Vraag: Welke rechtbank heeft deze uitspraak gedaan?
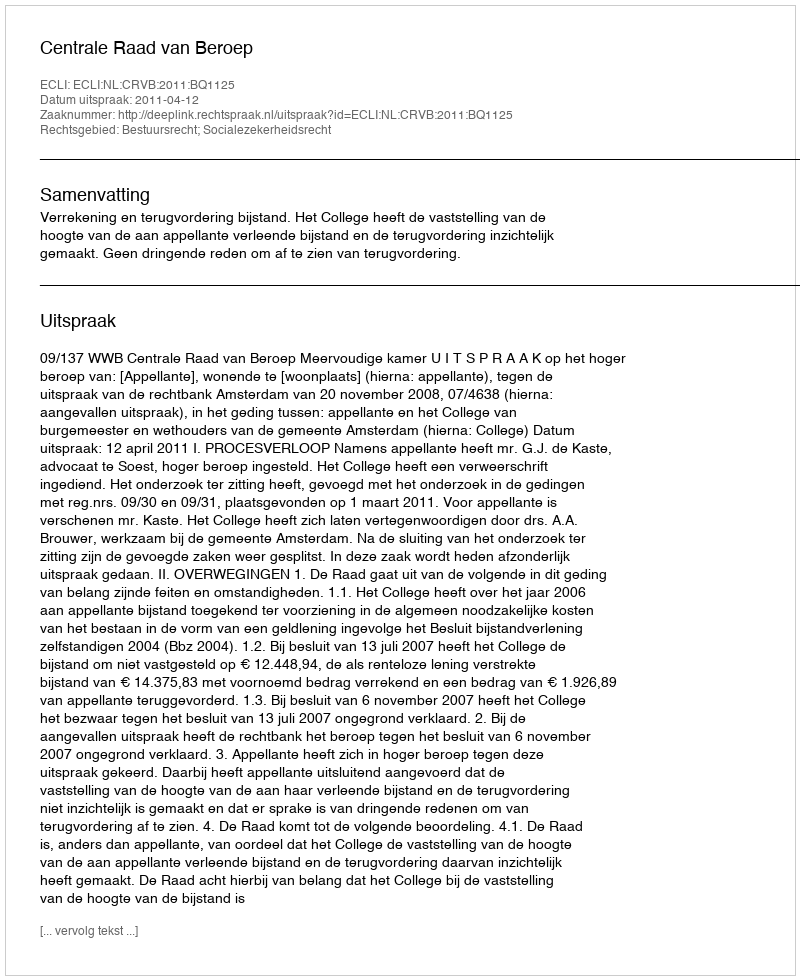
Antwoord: Centrale Raad van Beroep